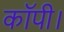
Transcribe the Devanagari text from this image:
कॉपी।